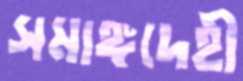
সমাঙ্গদেহী